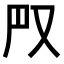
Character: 𠬮